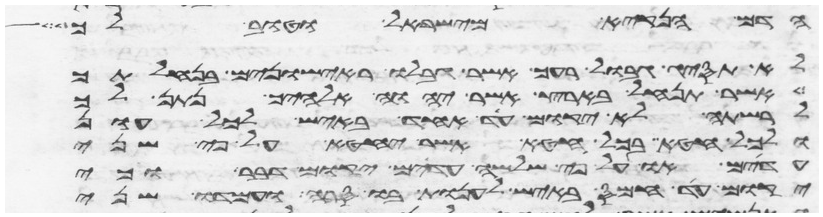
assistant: הדם הנקיא מישראל וטוב לך
לא תסיג גבול רעך אשר גבלו ראישונים בנחלתך
אשר תנחל בארץ אשר יהוה אלהיך נתן לך
לרשתה לא יקום עד אחד באיש לכל עון
ולכל חטא בכל חטא אשר יחטא על פי שני
עדים או על פי שלשה עדים יקום דבר וכי
יקום עד חמס באיש לענות בו סרה ועמדו שני